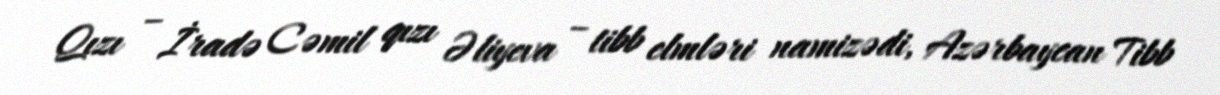
Qızı – İradə Cəmil qızı Əliyeva – tibb elmləri namizədi, Azərbaycan Tibb